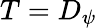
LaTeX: T=D_{\psi}